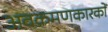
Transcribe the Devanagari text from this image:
अवक्रमणकारकों